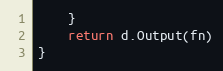
Language: Go
	}
	return d.Output(fn)
}